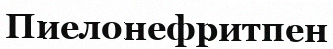
Пиелонефритпен